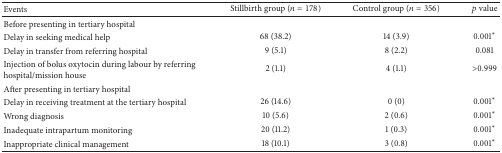
| Events | Stillbirth group (n = 178) | Control group (n = 356) | p value |
 | --- | --- | --- | --- |
 | Before presenting in tertiary hospital |  |  |  |
 | Delay in seeking medical help | 68 (38.2) | 14 (3.9) | 0.001∗ |
 | Delay in transfer from referring hospital | 9 (5.1) | 8 (2.2) | 0.081 |
 | Injection of bolus oxytocin during labour by referring hospital/mission house | 2 (1.1) | 4 (1.1) | >0.999 |
 | After presenting in tertiary hospital |  |  |  |
 | Delay in receiving treatment at the tertiary hospital | 26 (14.6) | 0 (0) | 0.001∗ |
 | Wrong diagnosis | 10 (5.6) | 2 (0.6) | 0.001∗ |
 | Inadequate intrapartum monitoring | 20 (11.2) | 1 (0.3) | 0.001∗ |
 | Inappropriate clinical management | 18 (10.1) | 3 (0.8) | 0.001∗ |